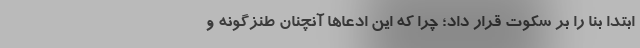
ابتدا بنا را بر سکوت قرار داد؛ چرا که این ادعاها آنچنان طنزگونه و